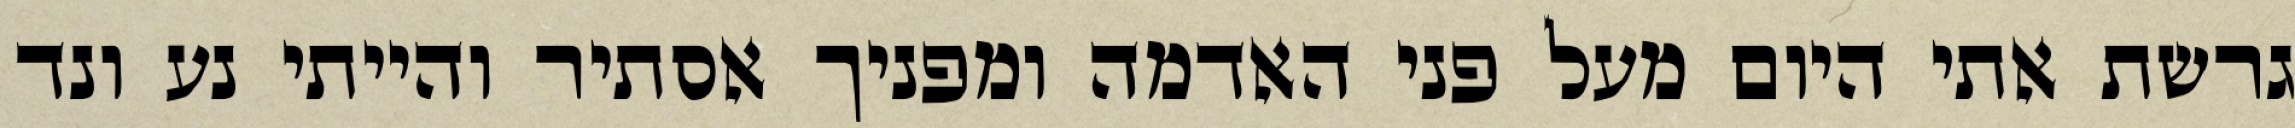
גרשת אתי היום מעל פני האדמה ומפניך אסתיר והייתי נע ונד